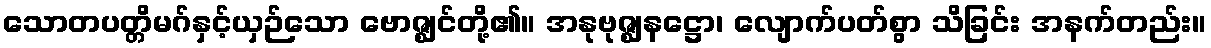
သောတပတ္တိမဂ်နှင့်ယှဉ်သော ဗောဇ္ဈင်တို့၏။ အနုဗုဇ္ဈနဋ္ဌော၊ လျောက်ပတ်စွာ သိခြင်း အနက်တည်း။